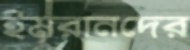
ইমরানদের